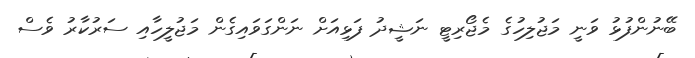
ބޭނުންފުޅު ވަނީ މަޖުލިހުގެ މެޖޯރިޓީ ނަޝީދު ފަޅިއަށް ނަންގަވައިގެން މަޖުލީހާއި ސަރުކާރު ވެސް